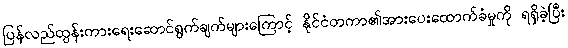
ပြန်လည်ထွန်းကားရေးဆောင်ရွက်ချက်များကြောင့် နိုင်ငံတကာ၏အားပေးထောက်ခံမှုကို ရရှိခဲ့ပြီး